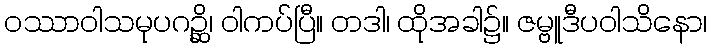
ဝဿာဝါသမုပဂဉ္ဆိ၊ ဝါကပ်ပြီ။ တဒါ၊ ထိုအခါ၌။ ဇမ္ဗူဒီပဝါသိနော၊